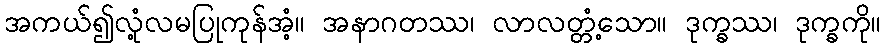
အကယ်၍လုံ့လမပြုကုန်အံ့။ အနာဂတဿ၊ လာလတ္တံ့သော။ ဒုက္ခဿ၊ ဒုက္ခကို။